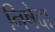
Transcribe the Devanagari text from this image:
निषेदा